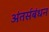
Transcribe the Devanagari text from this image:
अंतर्सबंधन